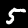
Label: 5